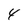
Character: 4